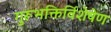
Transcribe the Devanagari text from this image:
गुरूभक्तिर्विशेषेण